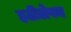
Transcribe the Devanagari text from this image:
हठीलेपन